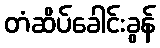
တံဆိပ်ခေါင်းခွန်